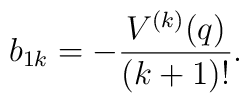
b_{1k}=- \frac{V^{(k)}(q)}{(k+1)!}.